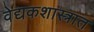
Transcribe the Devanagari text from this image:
वेद्यकशास्त्रात